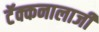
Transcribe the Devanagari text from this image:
टॅक्कनालाजी